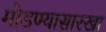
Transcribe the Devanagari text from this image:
मोडण्यासारखा